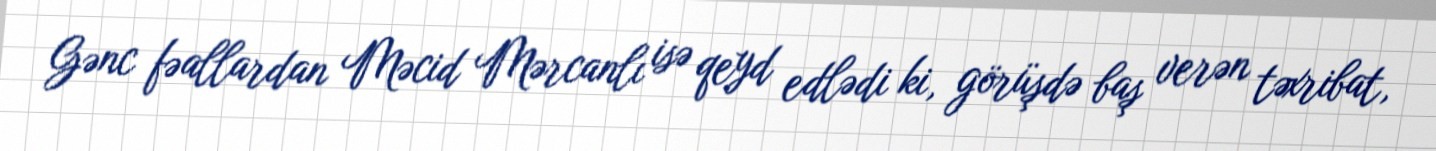
Gənc fəallardan Məcid Mərcanlı isə qeyd edlədi ki, görüşdə baş verən təxribat,